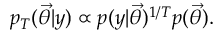
p _ { T } ( \ensuremath { \vec { \theta } } | y ) \propto p ( y | \ensuremath { \vec { \theta } } ) ^ { 1 / T } p ( \ensuremath { \vec { \theta } } ) .